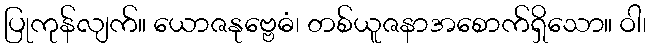
ပြုကုန်လျက်။ ယောဇနုဗ္ဗေဓံ၊ တစ်ယူဇနာအစောက်ရှိသော။ ဝါ၊